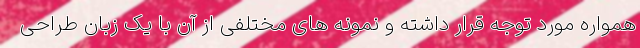
همواره مورد توجه قرار داشته و نمونه های مختلفی از آن با یک زبان طراحی